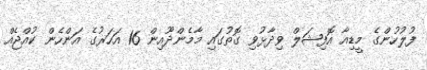
ފުލުހުންގެ މީޑިއާ އޮފިޝަލް ވިދާޅުވި ގޮތުގައި މާމެންދޫއިން 16 އަހަރުގެ އަންހެން ކުއްޖެއް